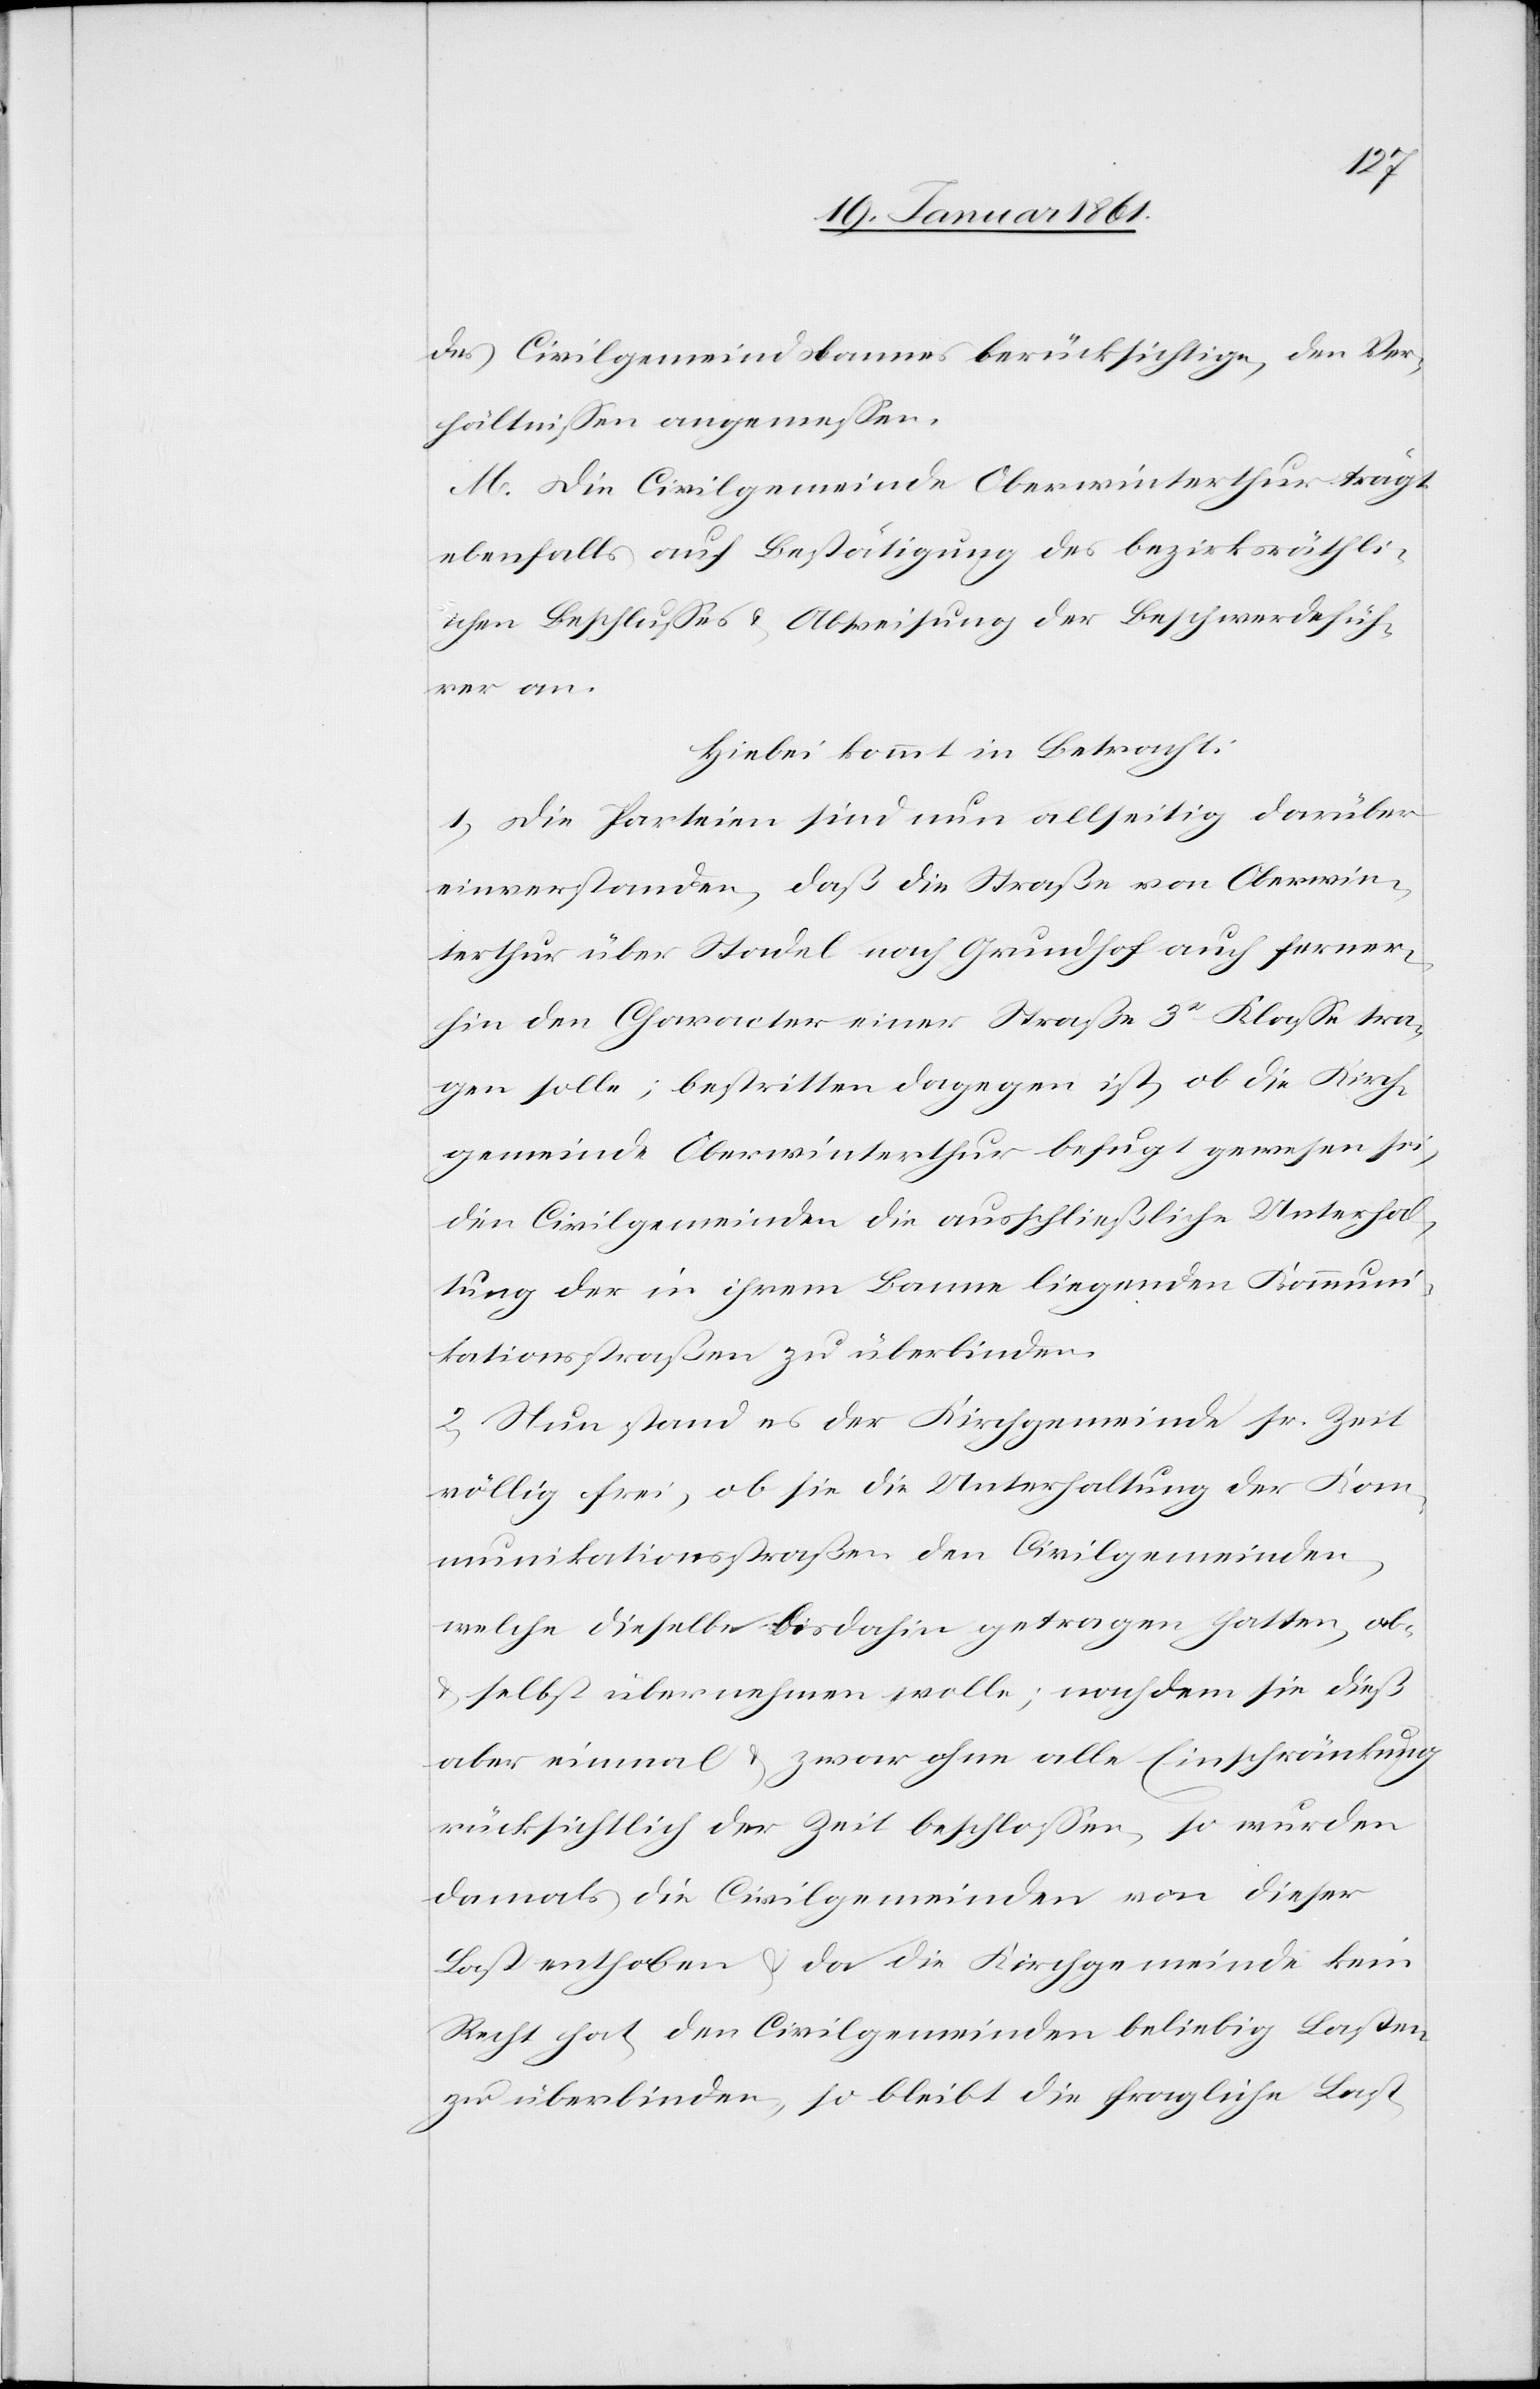
des Civilgemeindsbannes berücksichtige, den Ver¬
hältnissen angemessen.
M. Die Civilgemeinde Oberwinterthur trägt
ebenfalls auf Bestätigung des bezirksräthli¬
chen Beschlusses u. Abweisung der Beschwerdefüh¬
rer an.
Hiebei kommt in Betracht:
1) Die Parteien sind nun allseitig darüber
einverstanden, daß die Straße von Oberwin¬
terthur über Stadel nach Grundhof auch ferner¬
hin den Character einer Straße 3r Klasse tra¬
gen solle; bestritten dagegen ist, ob die Kirch¬
gemeinde Oberwinterthur befugt gewesen sei,
den Civilgemeinden die ausschließliche Unterhal¬
tung der in ihrem Banne liegenden Kommuni¬
kationsstraßen zu überbinden.
2) Nun stand es der Kirchgemeinde sr. Zeit
völlig frei, ob sie die Unterhaltung der Kom¬
munikationsstraßen den Civilgemeinden,
welche dieselbe bis dahin getragen hatte, ab
u. selbst übernehmen wolle; nachdem sie dieß
aber einmal u. zwar ohne alle Einschränkung
rücksichtlich der Zeit beschlossen, so wurden
damals die Civilgemeinden von dieser
Last enthoben u. da die Kirchgemeinde kein
Recht hat, den Civilgemeinden beliebig Lasten
zu überbinden, so bleibt die fragliche Last